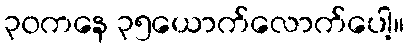
၃၀ကနေ ၃၅ယောက်လောက်ပေါ့။